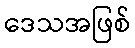
ဒေသအဖြစ်